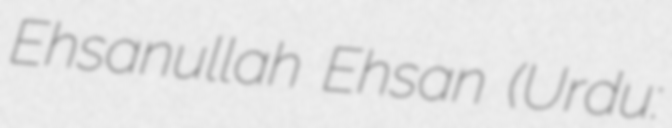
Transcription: Ehsanullah Ehsan (Urdu: